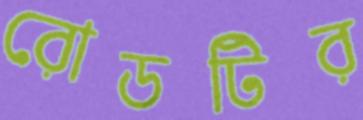
রোডটির